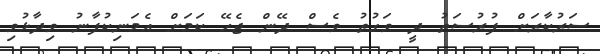
ސަރުކާރަށް ފުރުސަތު ދީ ވަގުތު ވެސް ދޭން ޖެހޭ ކަމަށް އެމަނިކުފާނު ވިދާޅުވި